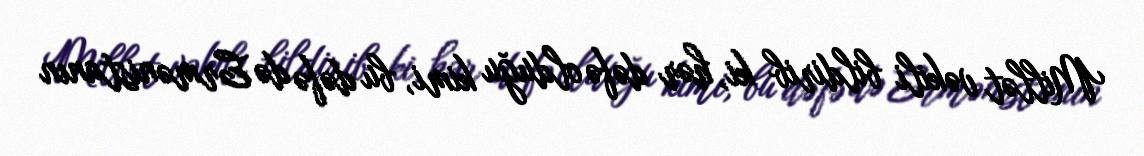
Millət vəkili bildirib ki, hər dəfə olduğu kimi, bu dəfə də Ermənistanın